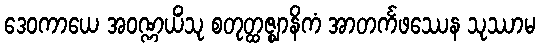
ဒေဝကာယေ အဝဏ္ဏယိံသု စတုတ္ထဇ္ဈာနိကံ အာတင်္ကဖဿေန သုဿာမ